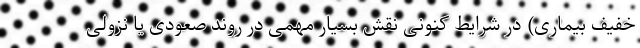
خفیف بیماری) در شرایط کنونی نقش بسیار مهمی در روند صعودی یا نزولی